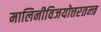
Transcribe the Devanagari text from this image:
मालिनीविजयोत्तरतन्त्र